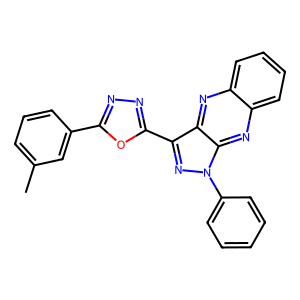
SMILES: Cc1cccc(-c2nnc(-c3nn(-c4ccccc4)c4nc5ccccc5nc34)o2)c1
Inhibits HIV replication: No